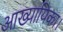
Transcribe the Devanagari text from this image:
आख्यायिका।